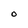
Character: O